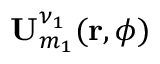
{ \bf U } _ { m _ { 1 } } ^ { \nu _ { 1 } } ( { \bf r } , \phi )